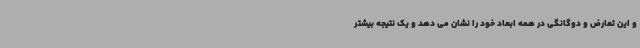
و این تعارض و دوگانگی در همه ابعاد خود را نشان می دهد و یک نتیجه بیشتر